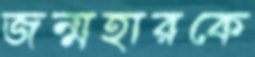
জন্মহারকে